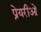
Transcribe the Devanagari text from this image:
प्रेयरीओं